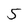
Character: 5